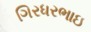
ગિરધરભાઇ